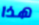
هذا